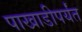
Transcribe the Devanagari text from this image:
पाखाडीपर्यंत